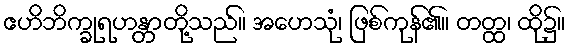
ဧဟိဘိက္ခုရဟန္တာတို့သည်။ အဟေသုံ၊ ဖြစ်ကုန်၏။ တတ္ထ၊ ထို၌။